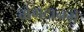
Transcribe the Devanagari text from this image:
बोगटानमे